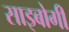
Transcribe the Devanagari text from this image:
साइबोगी